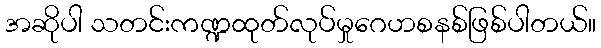
အဆိုပါ သတင်းကဏ္ဍထုတ်လုပ်မှုဂေဟစနစ်ဖြစ်ပါတယ်။